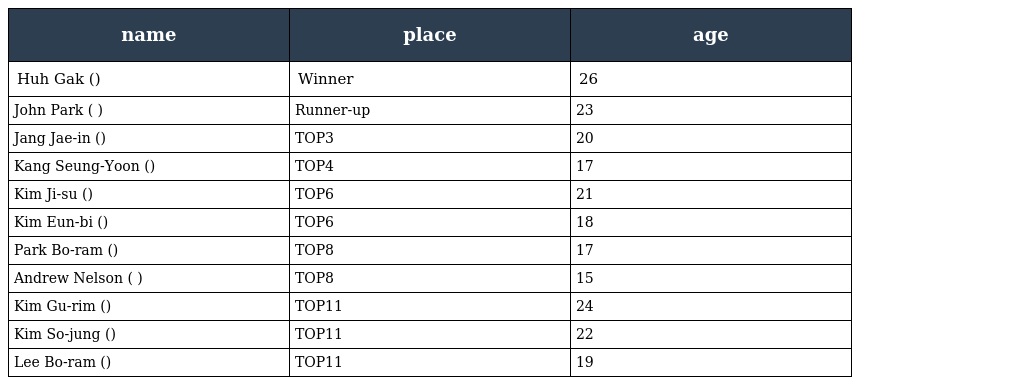
| name | place | age |
 | --- | --- | --- |
 | Huh Gak (허각) | Winner | 26 |
 | John Park (존 박) | Runner-up | 23 |
 | Jang Jae-in (장재인) | TOP3 | 20 |
 | Kang Seung-Yoon (강승윤) | TOP4 | 17 |
 | Kim Ji-su (김지수) | TOP6 | 21 |
 | Kim Eun-bi (김은비) | TOP6 | 18 |
 | Park Bo-ram (박보람) | TOP8 | 17 |
 | Andrew Nelson (앤드류 넬슨) | TOP8 | 15 |
 | Kim Gu-rim (김그림) | TOP11 | 24 |
 | Kim So-jung (김소정) | TOP11 | 22 |
 | Lee Bo-ram (이보람) | TOP11 | 19 |